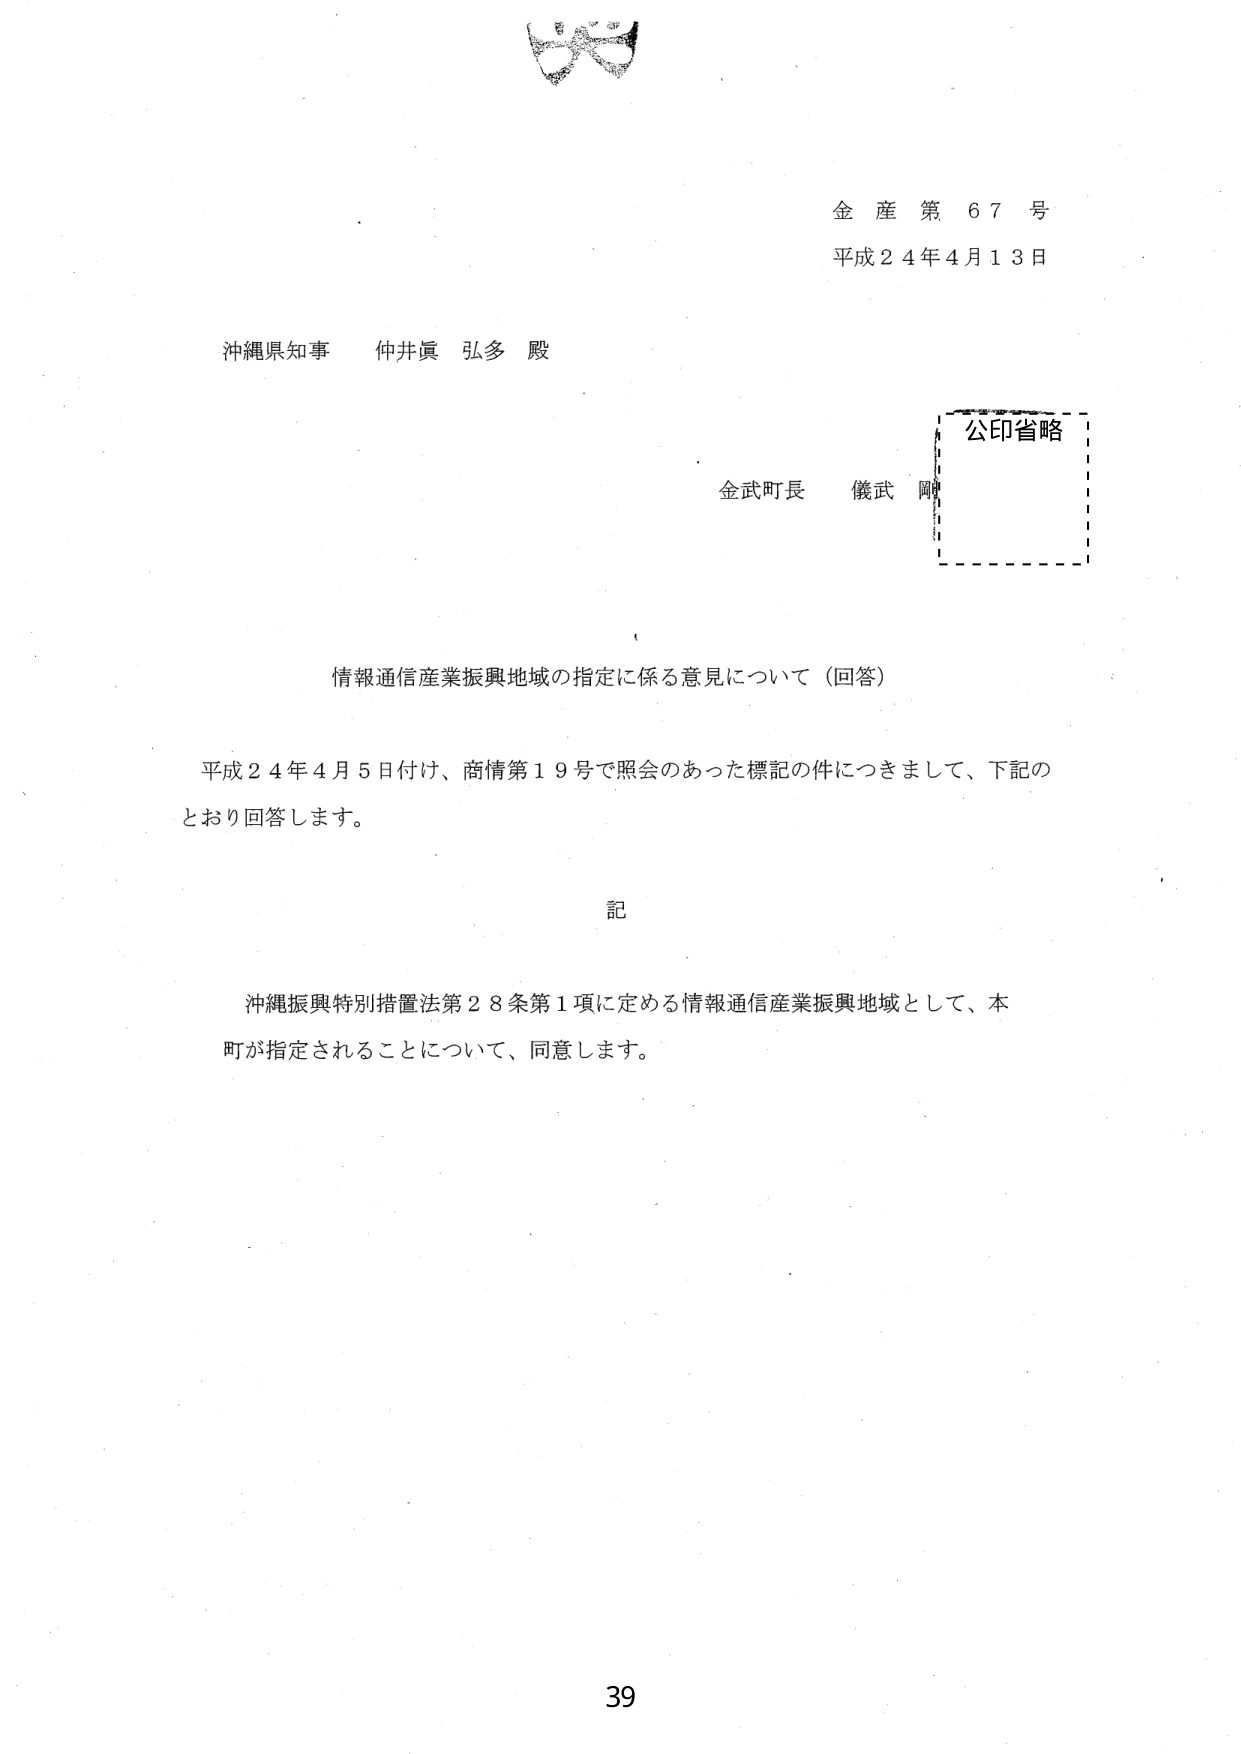
金産第67号
平成24年4月13日

沖縄県知事 仲井眞 弘多 殿

金武町長 儀武 剛
公印省略

情報通信産業振興地域の指定に係る意見について（回答）

平成24年4月5日付け、商情第19号で照会のあった標記の件につきまして、下記のとおり回答します。

記

沖縄振興特別措置法第28条第1項に定める情報通信産業振興地域として、本町が指定されることについて、同意します。

39